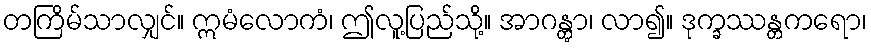
တကြိမ်သာလျှင်။ ဣမံလောကံ၊ ဤလူ့ပြည်သို့။ အာဂန္တွာ၊ လာ၍။ ဒုက္ခဿန္တကရော၊